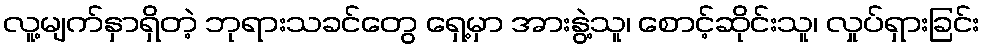
လူ့မျက်နှာရှိတဲ့ ဘုရားသခင်တွေ ရှေ့မှာ အားနွဲ့သူ၊ စောင့်ဆိုင်းသူ၊ လှုပ်ရှားခြင်း